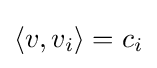
{\textstyle \left\langle v,v_{i}\right\rangle =c_{i}}